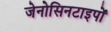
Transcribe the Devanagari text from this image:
जेनोसिनटाइपों